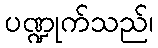
ပဏ္ဍုက်သည်၊